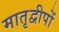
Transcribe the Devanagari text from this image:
मातृद्वीपों